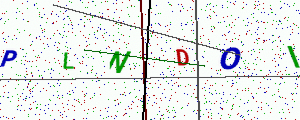
Text: PLNDOI